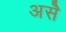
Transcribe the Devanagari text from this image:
असॆे